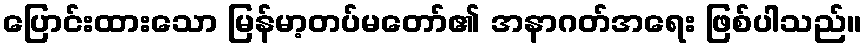
ပြောင်းထားသော မြန်မာ့တပ်မတော်၏ အနာဂတ်အရေး ဖြစ်ပါသည်။